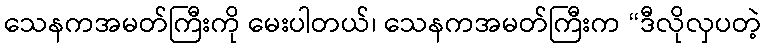
သေနကအမတ်ကြီးကို မေးပါတယ်၊ သေနကအမတ်ကြီးက “ဒီလိုလှပတဲ့